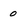
Character: 0